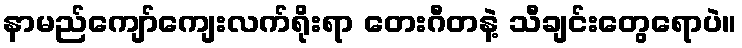
နာမည်ကျော်ကျေးလက်ရိုးရာ တေးဂီတနဲ့ သီချင်းတွေရောပဲ။